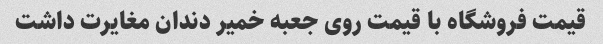
قیمت فروشگاه با قیمت روی جعبه خمیر دندان مغایرت داشت